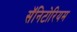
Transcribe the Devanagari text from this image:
सॅनिटोरियम